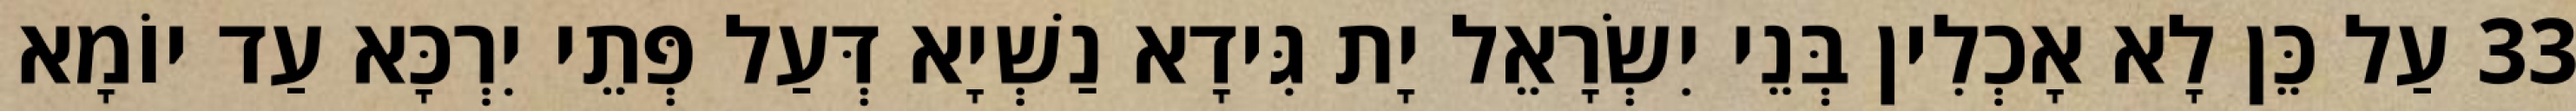
33 עַל כֵּן לָא אָכְלִין בְּנֵי יִשְׂרָאֵל יָת גִּידָא נַשְׁיָא דְּעַל פְּתֵי יִרְכָּא עַד יוֹמָא